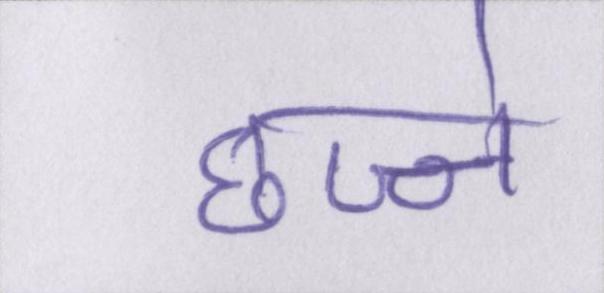
छज्जे